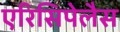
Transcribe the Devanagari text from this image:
एरिसिपेलैस